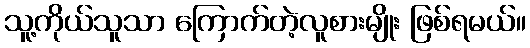
သူ့ကိုယ်သူသာ ကြောက်တဲ့လူစားမျိုး ဖြစ်ရမယ်။